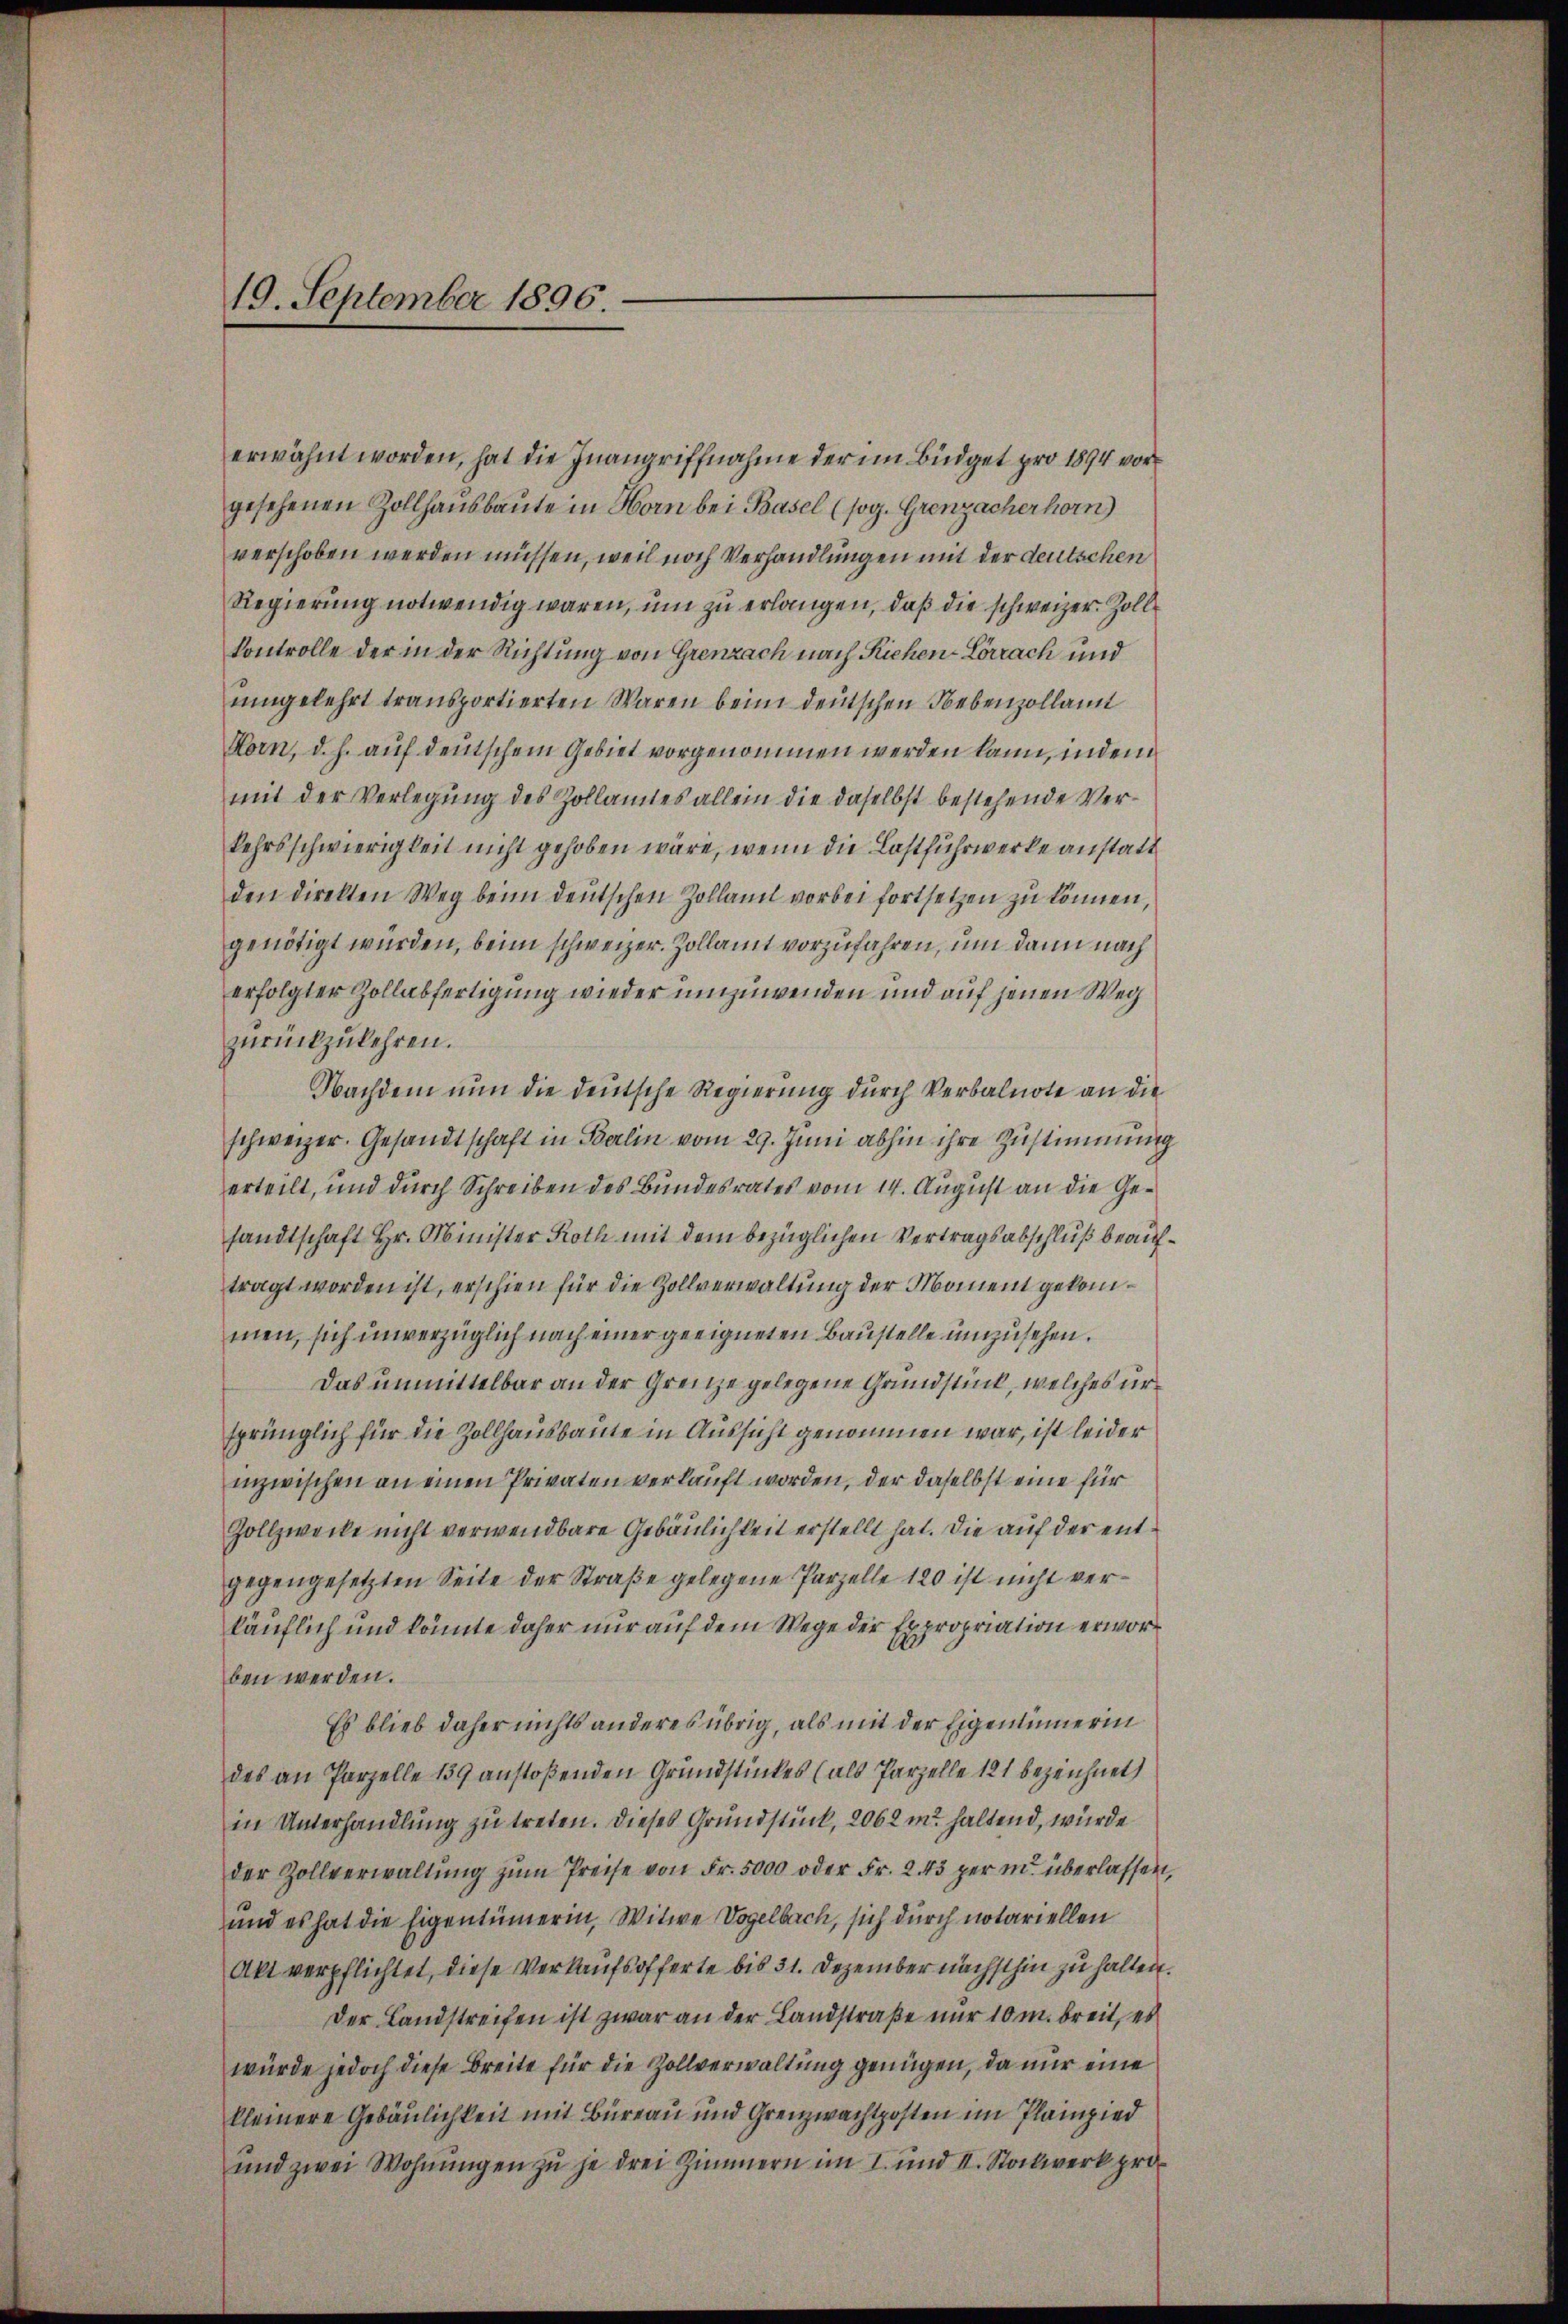
19. September 1896.

erwähnt worden, hat die Inangriffnahme der im Büdget pro 1894 vorgesehenen Zollhausbaute in Horn bei Basel (sog. Grenzacherhorn)
verschoben werden müssen, weil noch Verhandlungen mit der deutschen
Regierung notwendig waren, um zu erlangen, daß die schweizer. Zoll¬
Controlle der in der Richtung von Grenzach nach Riehen-Lörrach und
ŭmgelehrt transportierten Waren beim deutschen Nebenzollamt
Horn, d. h. auf deutschem Gebiet vorgenommen werden kann, indem
mit der Verlegung des Zollamtes allein die daselbst bestehende Verkehrsschwierigkeit nicht gehoben wäre, wenn die Lastfuhrwerke anstatt
den direkten Weg beim deŭtschen Zollamt vorbei fortsetzen zŭ können,
genötigt würden, beim schweizer. Zollamt vorzufahren, um dann nach
erfolgter Zollabfertigung wieder umzuwenden und auf jenen Weg
zurückzukehren.
Nachdem nun die deutsche Regierung durch Verbalnote an die
schweizer. Gesandtschaft in Berlin vom 29. Juni abhin ihre Zustimmung
erteilt, und durch Schreiben des Bundesrates vom 14. August an die Gesandtschaft Hr. Minister Roth mit dem bezüglichen Vertragsabschluß beauftragt worden ist, erschien für die Zollverwaltung der Moment gekommen, sich unverzüglich nach einer geeigneten Baustelle umzusehen.
Das unmittelbar an der Grenze gelegene Grundstück, welches ursprünglich für die Zollhausbaute in Aussicht genommen war, ist leider
inzwischen an einen Privaten verkauft worden, der daselbst eine für
Zollzwecke nicht verwendbare Gebäulichkeit erstellt hat. Die auf der entgegengesetzten Seite der Straße gelegene Parzelle 120 ist nicht verkäuflich und könnte daher nur auf dem Wege der Expropriation erworben werden.
Es blieb daher nichts anderes übrig, als mit der Eigentümerin
des an Parzelle 139 anstoßenden Grundstückes (als Parzelle 121 bezeichnet
in Unterhandlung zu treten. Dieses Grundstück, 2062 m haltend, wurde
der Zollverwaltŭng zŭm Preise von Fr. 5000 oder Fr. 243 per in überlassen,
und es hat die Eigentümerin, Witwe Vogelbach, sich durch notariellen
Akt verpflichtet, diese Verkaufsofferte bis 31. Dezember nächsthin zu halten.
Der Landstreifen ist zwar an der Landstraße nur 10 m breit, es
würde jedoch diese Breite für die Zollverwaltung genügen, da nur eine
kleinere Gebäulichkeit mit Bureau und Grenzwachtposten im Plampied
und zwei Wohnŭngen zu je drei Zimmern im I. und II. Stockwerk pro